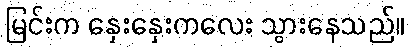
မြင်းက နှေးနှေးကလေး သွားနေသည်။